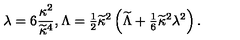
\lambda = 6 { \frac { \kappa ^ { 2 } } { \widetilde \kappa ^ { 4 } } } , \Lambda = { \textstyle { \frac { 1 } { 2 } } } \widetilde \kappa ^ { 2 } \left( \widetilde { \Lambda } + { \textstyle { \frac { 1 } { 6 } } } \widetilde \kappa ^ { 2 } \lambda ^ { 2 } \right) .